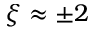
\xi \approx \pm 2